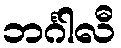
ဘင်္ဂါလီ